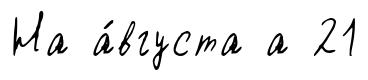
На а́вгуста а 21